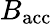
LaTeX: B_{\mathrm{acc}}